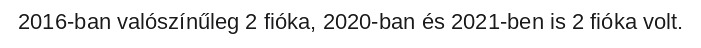
2016-ban valószínűleg 2 fióka, 2020-ban és 2021-ben is 2 fióka volt.